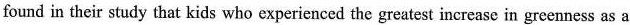
found in their study that kids who experienced the greatest increase in greenness as a